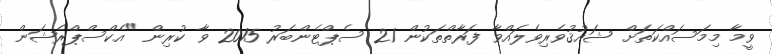
ވީމާ މިމަސައްކަތަށް ޝައުޤުވެރިވެލައްވާ ފަރާތްތަކުން 21 ސެޕްޓެންބަރު 2015 ވާ ކުރިން "އެކްސްޕްރެޝަން